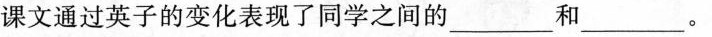
通过英子的变化表现了同学之间的___和___。